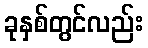
ခုနှစ်တွင်လည်း